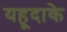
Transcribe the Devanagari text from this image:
यहूदाके